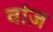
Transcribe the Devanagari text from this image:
वांज़